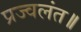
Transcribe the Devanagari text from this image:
प्रज्वलंत॥